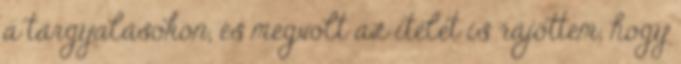
a tárgyalásokon, és megvolt az ítélet is rájöttem, hogy